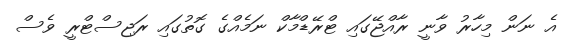
އެ ނަން މިހާރު ވާނީ ރާއްޖޭގައި ޓްރޭޑްމާކް ނަމެއްގެ ގޮތުގައި ރަޖިސްޓްރީ ވެސް